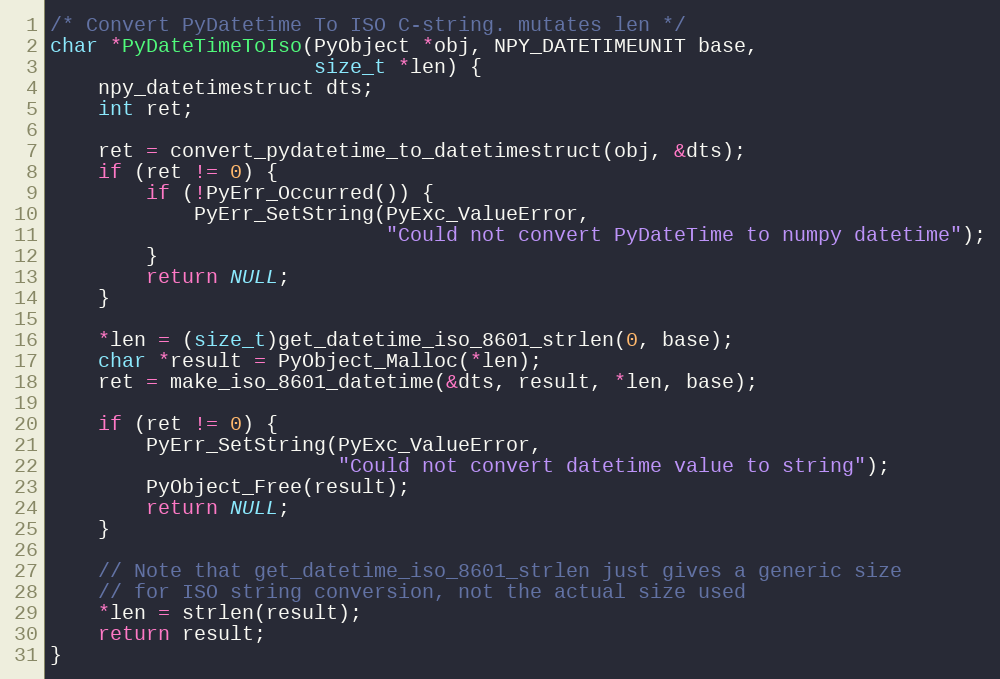
Language: C
/* Convert PyDatetime To ISO C-string. mutates len */
char *PyDateTimeToIso(PyObject *obj, NPY_DATETIMEUNIT base,
                      size_t *len) {
    npy_datetimestruct dts;
    int ret;

    ret = convert_pydatetime_to_datetimestruct(obj, &dts);
    if (ret != 0) {
        if (!PyErr_Occurred()) {
            PyErr_SetString(PyExc_ValueError,
                            "Could not convert PyDateTime to numpy datetime");
        }
        return NULL;
    }

    *len = (size_t)get_datetime_iso_8601_strlen(0, base);
    char *result = PyObject_Malloc(*len);
    ret = make_iso_8601_datetime(&dts, result, *len, base);

    if (ret != 0) {
        PyErr_SetString(PyExc_ValueError,
                        "Could not convert datetime value to string");
        PyObject_Free(result);
        return NULL;
    }

    // Note that get_datetime_iso_8601_strlen just gives a generic size
    // for ISO string conversion, not the actual size used
    *len = strlen(result);
    return result;
}